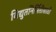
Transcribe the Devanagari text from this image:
विद्युतनिर्मितीसाठी